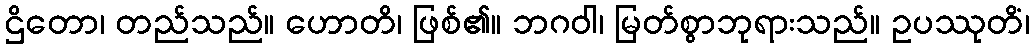
ဌိတော၊ တည်သည်။ ဟောတိ၊ ဖြစ်၏။ ဘဂဝါ၊ မြတ်စွာဘုရားသည်။ ဥပဿုတိံ၊